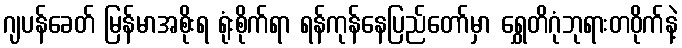
ဂျပန်ခေတ် မြန်မာအစိုးရ ရုံးစိုက်ရာ ရန်ကုန်နေပြည်တော်မှာ ရွှေတိဂုံဘုရားတဝိုက်နဲ့